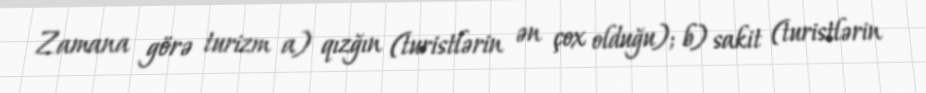
Zamana görə turizm a) qızğın (turistlərin ən çox olduğu); b) sakit (turistlərin